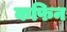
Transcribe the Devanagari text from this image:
कफिन